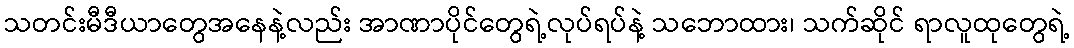
သတင်းမီဒီယာတွေအနေနဲ့လည်း အာဏာပိုင်တွေရဲ့လုပ်ရပ်နဲ့ သဘောထား၊ သက်ဆိုင် ရာလူထုတွေရဲ့